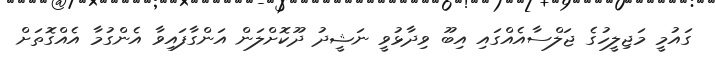
ގައުމީ މަޖިލީހުގެ ޖަލްސާއެއްގައި އިބޫ ވިދާޅުވީ ނަޝީދު ދޫކޮށްލަން އަންގާފައިވާ އެންގުމާ އެއްގޮތަށް